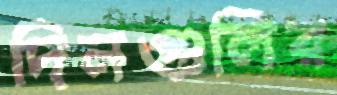
দিনগুলির